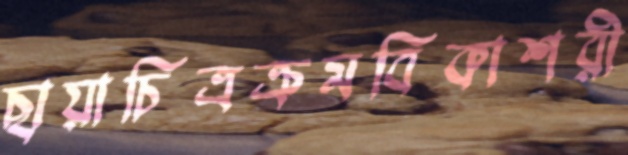
ছায়াচিত্রক্রমবিকাশরী